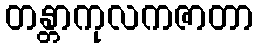
တန္တာကုလကဇာတာ